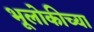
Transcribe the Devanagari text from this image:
भूलोकीच्या